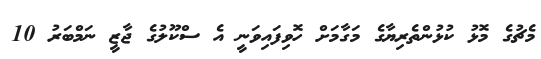
މެޗުގެ މޮޅު ކުޅުންތެރިޔާގެ މަގާމަށް ހޮވިފައިވަނީ އެ ސްކޫލުގެ ޖާޒީ ނަމްބަރު 10